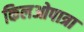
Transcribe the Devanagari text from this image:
किलओपात्रा